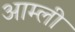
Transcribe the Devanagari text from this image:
आम्ली